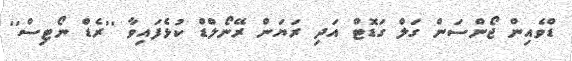
ޑްވެއިން ޖޯންސަން ގަލް ގަޑޮޓް އަދި ރަޔަން ރޭނޯލްޑް ކުޅެފައިވާ ''ރެޑް ނޯޓިސް''